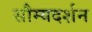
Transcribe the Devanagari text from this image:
सौम्यदर्शन